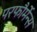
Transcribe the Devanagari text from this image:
परफौर्मेन्स